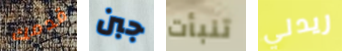
قدمك جبن تنبأت ريدلي